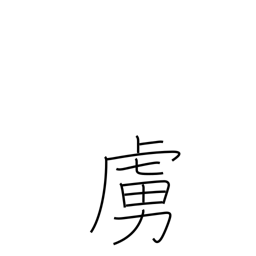
Meaning: low epithet for the enemy